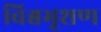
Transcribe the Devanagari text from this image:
विश्वभूशण